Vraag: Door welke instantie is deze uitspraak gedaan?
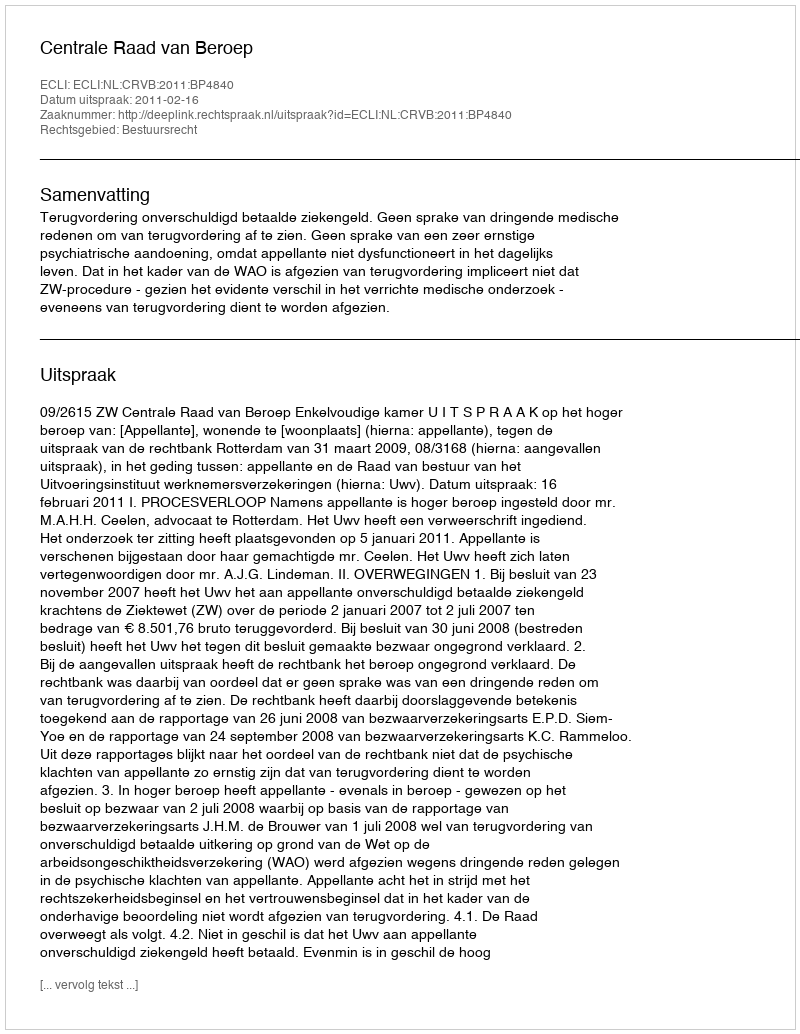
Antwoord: Centrale Raad van Beroep